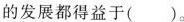
的发展都得益于( )。